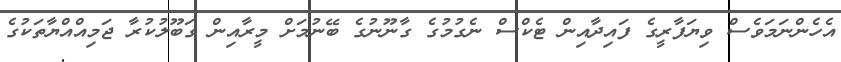
އެހެންނަމަވެސް ވިޔަފާރީގެ ފައިދާއިން ޓެކްސް ނެގުމުގެ ގާނޫނުގެ ބޭނުމަށް މީރާއިން ގަބޫލުކުރާ ޖަމިއްއްޔާތަކުގެ